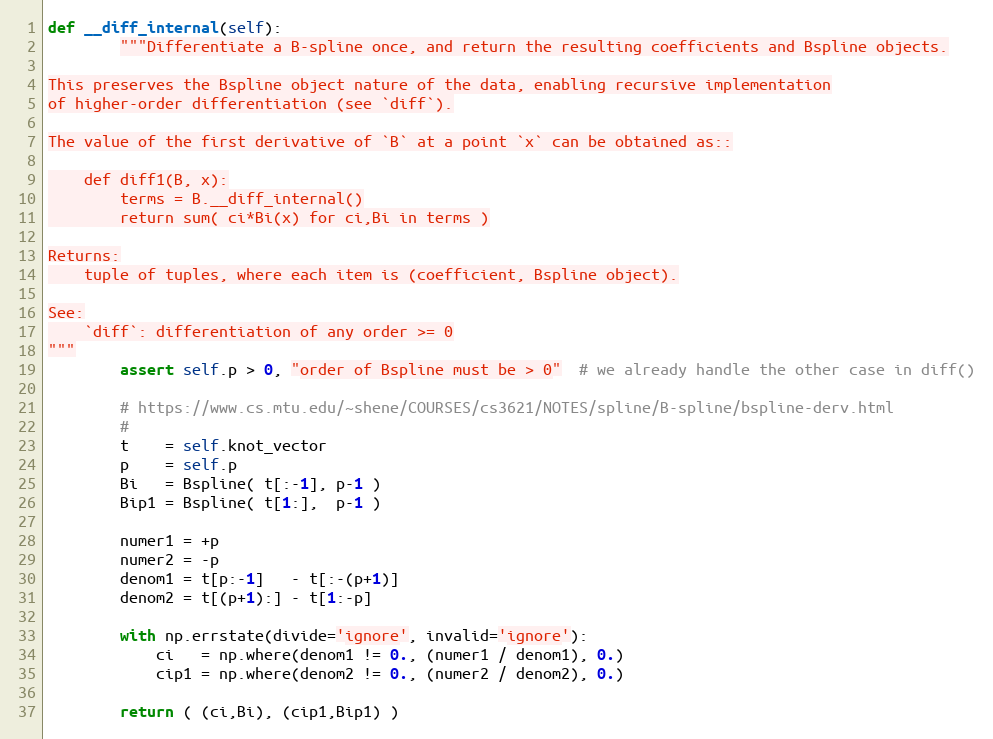
Language: Python
def __diff_internal(self):
        """Differentiate a B-spline once, and return the resulting coefficients and Bspline objects.

This preserves the Bspline object nature of the data, enabling recursive implementation
of higher-order differentiation (see `diff`).

The value of the first derivative of `B` at a point `x` can be obtained as::

    def diff1(B, x):
        terms = B.__diff_internal()
        return sum( ci*Bi(x) for ci,Bi in terms )

Returns:
    tuple of tuples, where each item is (coefficient, Bspline object).

See:
    `diff`: differentiation of any order >= 0
"""
        assert self.p > 0, "order of Bspline must be > 0"  # we already handle the other case in diff()

        # https://www.cs.mtu.edu/~shene/COURSES/cs3621/NOTES/spline/B-spline/bspline-derv.html
        #
        t    = self.knot_vector
        p    = self.p
        Bi   = Bspline( t[:-1], p-1 )
        Bip1 = Bspline( t[1:],  p-1 )

        numer1 = +p
        numer2 = -p
        denom1 = t[p:-1]   - t[:-(p+1)]
        denom2 = t[(p+1):] - t[1:-p]

        with np.errstate(divide='ignore', invalid='ignore'):
            ci   = np.where(denom1 != 0., (numer1 / denom1), 0.)
            cip1 = np.where(denom2 != 0., (numer2 / denom2), 0.)

        return ( (ci,Bi), (cip1,Bip1) )